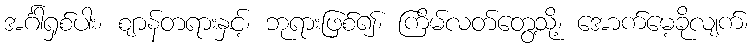
အင်္ဂါရှစ်ပါး၊ ဈာန်တရားနှင့်၊ ဘုရားဖြစ်၍၊ ကြိမ်လတ်တွေ့သို့၊ အောက်မေ့ခိုလျက်၊